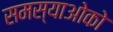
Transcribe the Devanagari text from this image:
समस्याओको